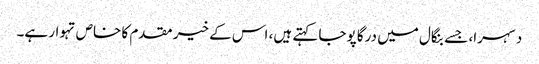
دسہرا، جسے بنگال میں درگا پوجا کہتے ہیں، اس کے خیر مقدم کا خاص تہوار ہے۔